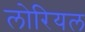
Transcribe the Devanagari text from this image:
लोरियल